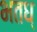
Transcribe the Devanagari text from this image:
भतध्